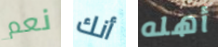
نعم أنك أهله